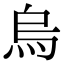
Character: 烏